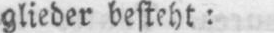
glieder besteht: